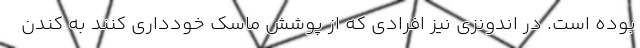
بوده است. در اندونزی نیز افرادی که از پوشش ماسک خودداری کنند به کندن